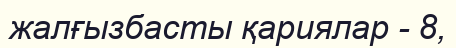
жалғызбасты қариялар - 8,